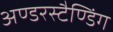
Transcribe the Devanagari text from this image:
अण्डरस्टैण्डिंग